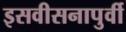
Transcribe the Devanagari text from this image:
इसवीसनापुर्वी